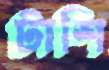
টাশি